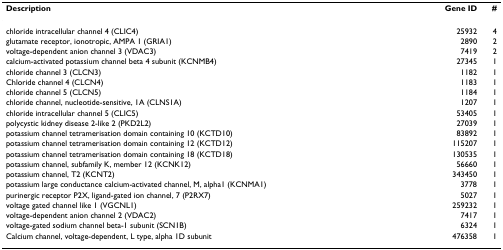
| Description | Gene ID | # |
 | --- | --- | --- |
 | chloride intracellular channel 4 (CLIC4) | 25932 | 4 |
 | glutamate receptor, ionotropic, AMPA 1 (GRIA1) | 2890 | 2 |
 | voltage-dependent anion channel 3 (VDAC3) | 7419 | 2 |
 | calcium-activated potassium channel beta 4 subunit (KCNMB4) | 27345 | 1 |
 | chloride channel 3 (CLCN3) | 1182 | 1 |
 | Chloride channel 4 (CLCN4) | 1183 | 1 |
 | chloride channel 5 (CLCN5) | 1184 | 1 |
 | chloride channel, nucleotide-sensitive, 1A (CLNS1A) | 1207 | 1 |
 | chloride intracellular channel 5 (CLIC5) | 53405 | 1 |
 | polycystic kidney disease 2-like 2 (PKD2L2) | 27039 | 1 |
 | potassium channel tetramerisation domain containing 10 (KCTD10) | 83892 | 1 |
 | potassium channel tetramerisation domain containing 12 (KCTD12) | 115207 | 1 |
 | potassium channel tetramerisation domain containing 18 (KCTD18) | 130535 | 1 |
 | potassium channel, subfamily K, member 12 (KCNK12) | 56660 | 1 |
 | potassium channel, T2 (KCNT2) | 343450 | 1 |
 | potassium large conductance calcium-activated channel, M, alpha1 (KCNMA1) | 3778 | 1 |
 | purinergic receptor P2X, ligand-gated ion channel, 7 (P2RX7) | 5027 | 1 |
 | voltage gated channel like 1 (VGCNL1) | 259232 | 1 |
 | voltage-dependent anion channel 2 (VDAC2) | 7417 | 1 |
 | voltage-gated sodium channel beta-1 subunit (SCN1B) | 6324 | 1 |
 | Calcium channel, voltage-dependent, L type, alpha 1D subunit | 476358 | 1 |